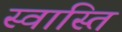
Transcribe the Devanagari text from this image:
स्‍वास्‍ति